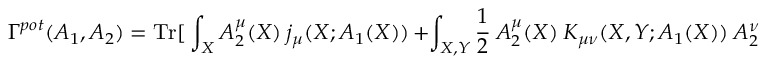
\Gamma ^ { p o t } ( A _ { 1 } , A _ { 2 } ) = { \mathrm { T r } } [ \ \int _ { X } A _ { 2 } ^ { \mu } ( X ) \ j _ { \mu } ( X ; A _ { 1 } ( X ) ) \, + \int _ { X , Y } { \frac { 1 } { 2 } } \ A _ { 2 } ^ { \mu } ( X ) \ { \cal K } _ { \mu \nu } ( X , Y ; A _ { 1 } ( X ) ) \ A _ { 2 } ^ { \nu } ( Y ) \ ]